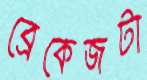
ব্রেকেজটা